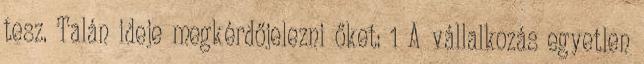
tesz. Talán ideje megkérdőjelezni őket: 1 A vállalkozás egyetlen